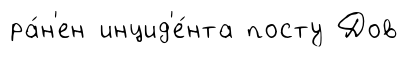
ра́н'ен инцид'е́нта посту Дов